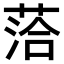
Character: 𫈰